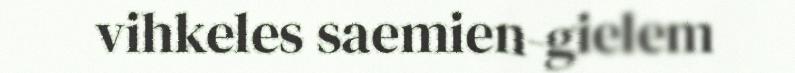
vihkeles saemien-gielem